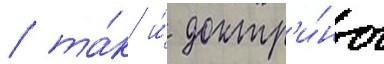
/ та́к и́ доктр'и́ны